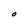
Character: O